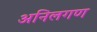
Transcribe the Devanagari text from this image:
अनिलगण